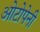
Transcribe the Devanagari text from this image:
ओटोपेनी